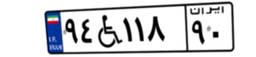
۹۴W۱۱۸۹۰